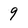
Character: 9